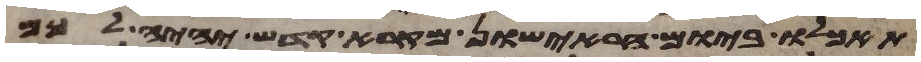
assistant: תאכלו ביום הראישון מקרא קדש יהיה לכם